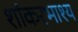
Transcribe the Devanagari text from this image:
शांकरभाश्य